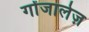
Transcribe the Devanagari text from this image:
गोंजालेज़